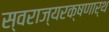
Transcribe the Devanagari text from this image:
स्वराज्यरक्षणार्थ